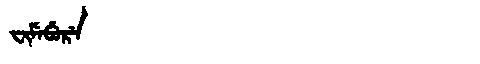
Manchu: ᠸᡳᠮᡝᠪᡠᡵᡝ
Romanization: FIMEBURE